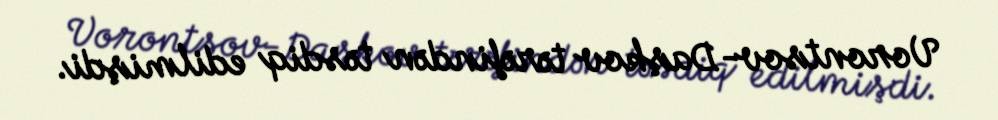
Vorontsov-Daşkov tərəfindən təsdiq edilmişdi.